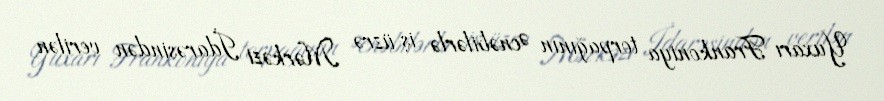
Yuxarı Frankoniya torpağının Əcnəbilərlə iş üzrə Mərkəzi İdarəsindən verilən